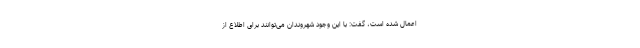
اعمال شده است، گفت: با این وجود شهروندان می‌توانند برای اطلاع از